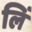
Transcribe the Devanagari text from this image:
लिं